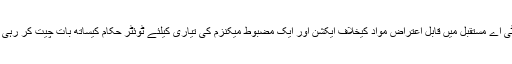
پی ٹی اے مستقبل میں قابل اعتراض مواد کیخلاف ایکشن اور ایک مضبوط میکنزم کی تیاری کیلئے ٹوئٹر حکام کیساتھ بات چیت کر رہی ہے۔